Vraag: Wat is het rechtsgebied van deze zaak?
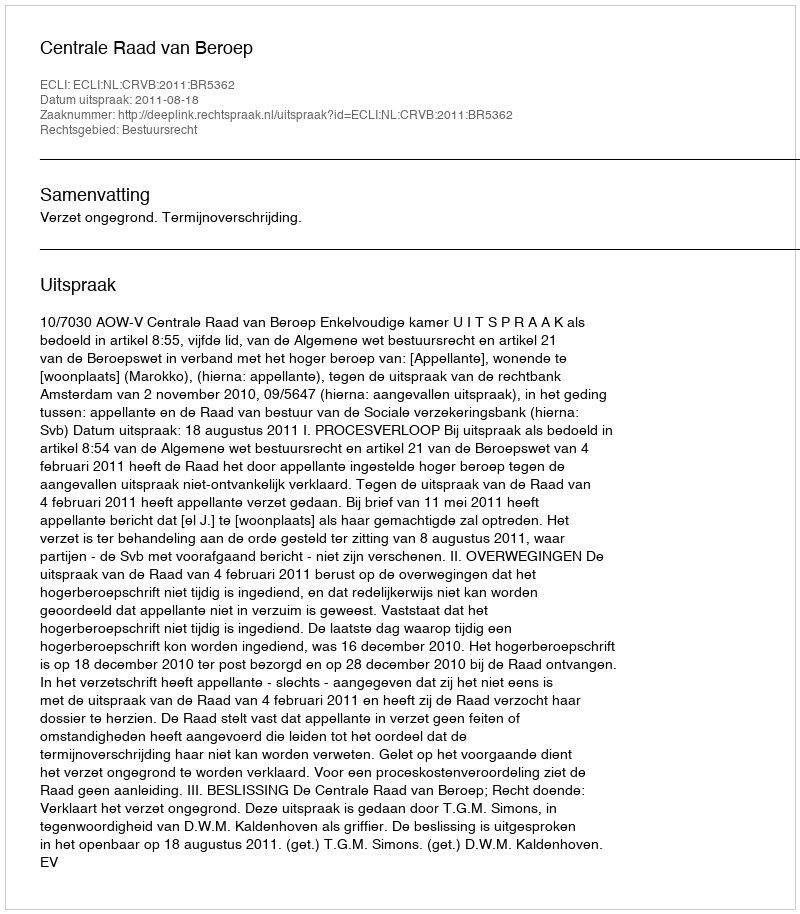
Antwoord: Bestuursrecht